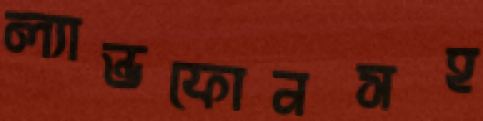
ল্যান্ডফোনসহ